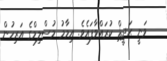
ވަނީ ޙަދީޘް ކުރައްވާފައެވެ. އިމާމު މުސްލިމްގެ އަރިހުން